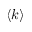
\langle k \rangle